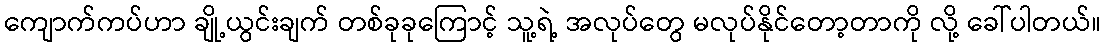
ကျောက်ကပ်ဟာ ချို့ယွင်းချက် တစ်ခုခုကြောင့် သူ့ရဲ့ အလုပ်တွေ မလုပ်နိုင်တော့တာကို လို့ ခေါ်ပါတယ်။